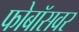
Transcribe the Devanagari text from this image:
फोबॉसवर